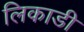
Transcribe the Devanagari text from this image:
लिकाडी